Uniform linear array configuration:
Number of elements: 12
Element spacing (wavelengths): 1
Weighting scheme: cosine
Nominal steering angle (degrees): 0
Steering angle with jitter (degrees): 0.4304
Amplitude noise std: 0.05
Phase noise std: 0.05

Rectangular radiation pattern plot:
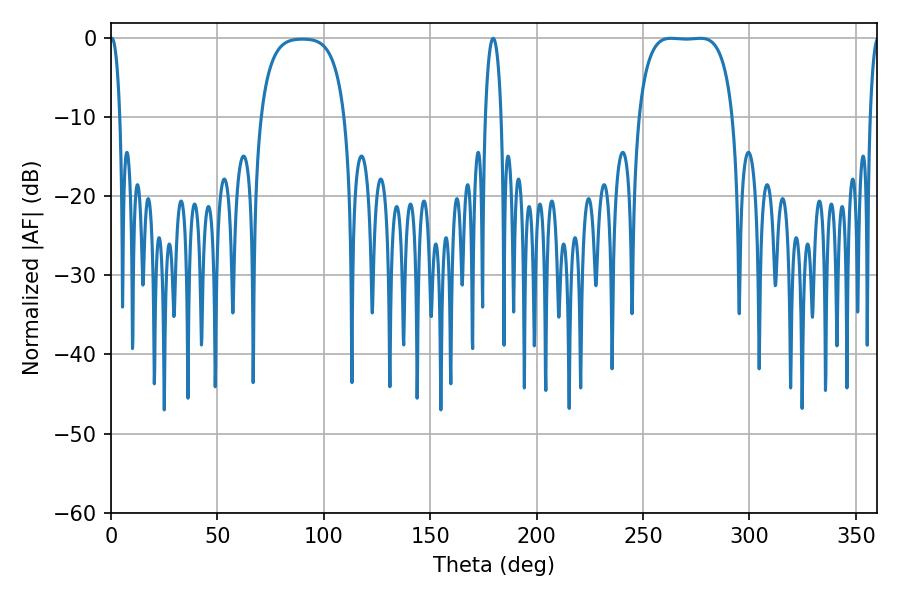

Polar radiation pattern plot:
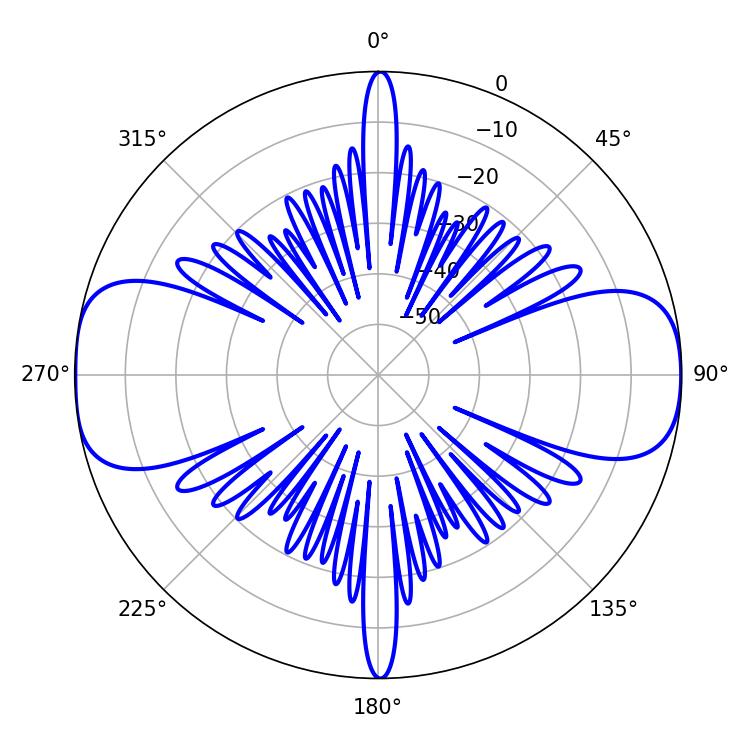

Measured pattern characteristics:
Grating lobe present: TRUE
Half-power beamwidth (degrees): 34.56
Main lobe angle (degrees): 262.98